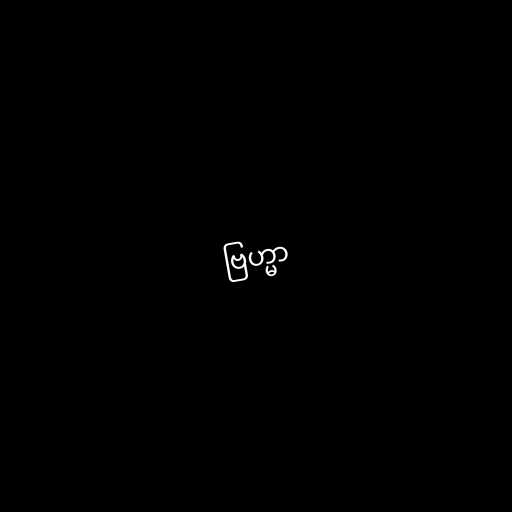
ဗြဟ္မာ